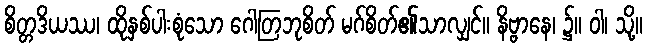
စိတ္တဒိယဿ၊ ထိုနှစ်ပါးစုံသော ဂေါတြဘုစိတ် မဂ်စိတ်၏သာလျှင်။ နိဗ္ဗာနေ၊ ၌။ ဝါ၊ သို့။